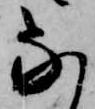
な